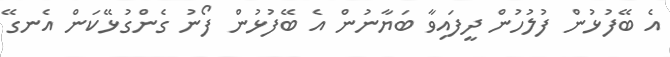
އެ ބޭފުޅުން ފުލުހުން ދީފައިވާ ބަޔާނުން އެ ބޭފުޅުން ފޯނު ގެންގުޅޭކަން އެނގޭ